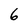
Character: 6